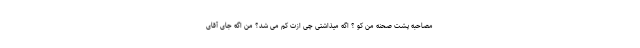
مصاحبه پشت صحنه من کو ؟ اگه میذاشتی چی ازت کم می شد؟ من اگه جای آقای